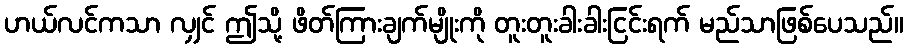
ဟယ်လင်ကသာ လျှင် ဤသို့ ဖိတ်ကြားချက်မျိုးကို တူးတူးခါးခါးငြင်းရက် မည်သာဖြစ်ပေသည်။